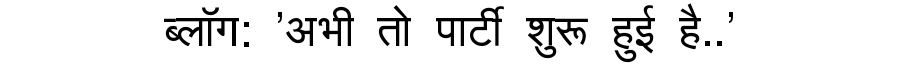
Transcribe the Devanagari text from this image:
ब्लॉग: 'अभी तो पार्टी शुरू हुई है..'